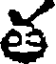
త